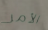
الأمر